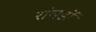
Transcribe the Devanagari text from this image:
रांघडों